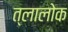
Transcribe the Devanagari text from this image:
त्लालोक